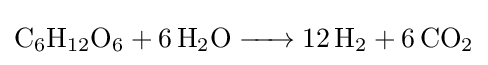
{\ce {C6H12O6 + 6 H2O -> 12 H2 + 6 CO2}}